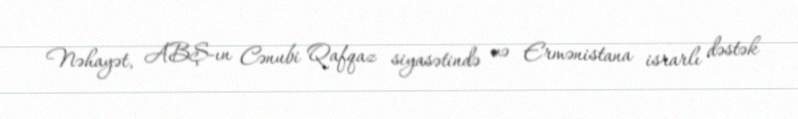
Nəhayət, ABŞ-ın Cənubi Qafqaz siyasətində və Ermənistana israrlı dəstək